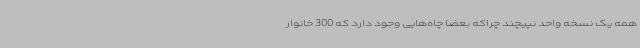
همه یک نسخه واحد نپیچند چراکه بعضا چاه‌هایی وجود دارد که 300 خانوار